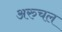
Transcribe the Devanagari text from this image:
अरुचल